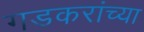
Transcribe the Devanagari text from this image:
गडकरांच्या